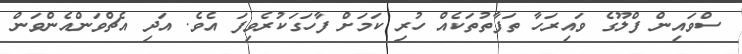
ސްވައިން ފްލޫގެ ވައިރަހާ ތަފާތުތަކެއް ހުރި ކަމަށް ފާހަގަކުރެވިފަ އެވެ. އަދި އެޗްވަންއެންވަން